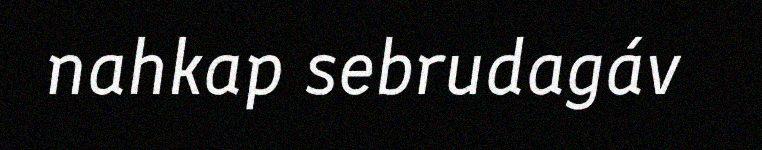
nahkap sebrudagáv